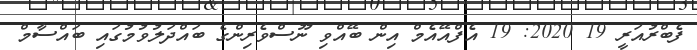
ފެބްރުއަރީ 19 2020: 19 އެފްއޭއެމް އިން ބޭއްވި ނޫސްވެރިންގެ ބައްދަލުވުމުގައި ބައްސާމް